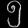
Digit: ၅